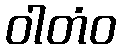
ဝါတံဝ